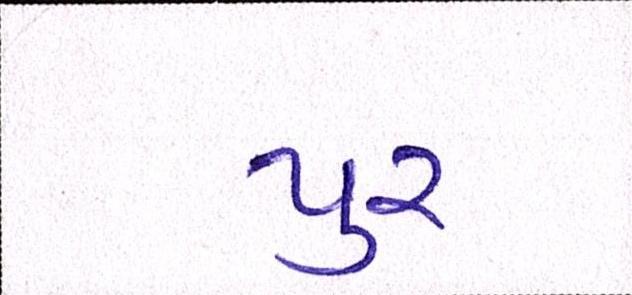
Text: પુર